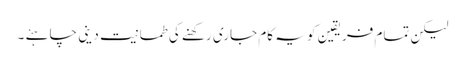
لیکن تمام فریقین کو یہ کام جاری رکھنے کی طمانیت دینی چاہئے ۔